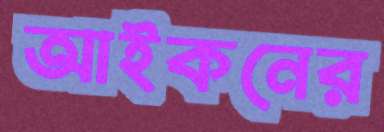
আইকনের